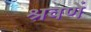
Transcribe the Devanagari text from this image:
श्रवणें